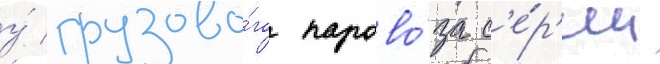
у́ грузово́го парово́за с'е́р'ии